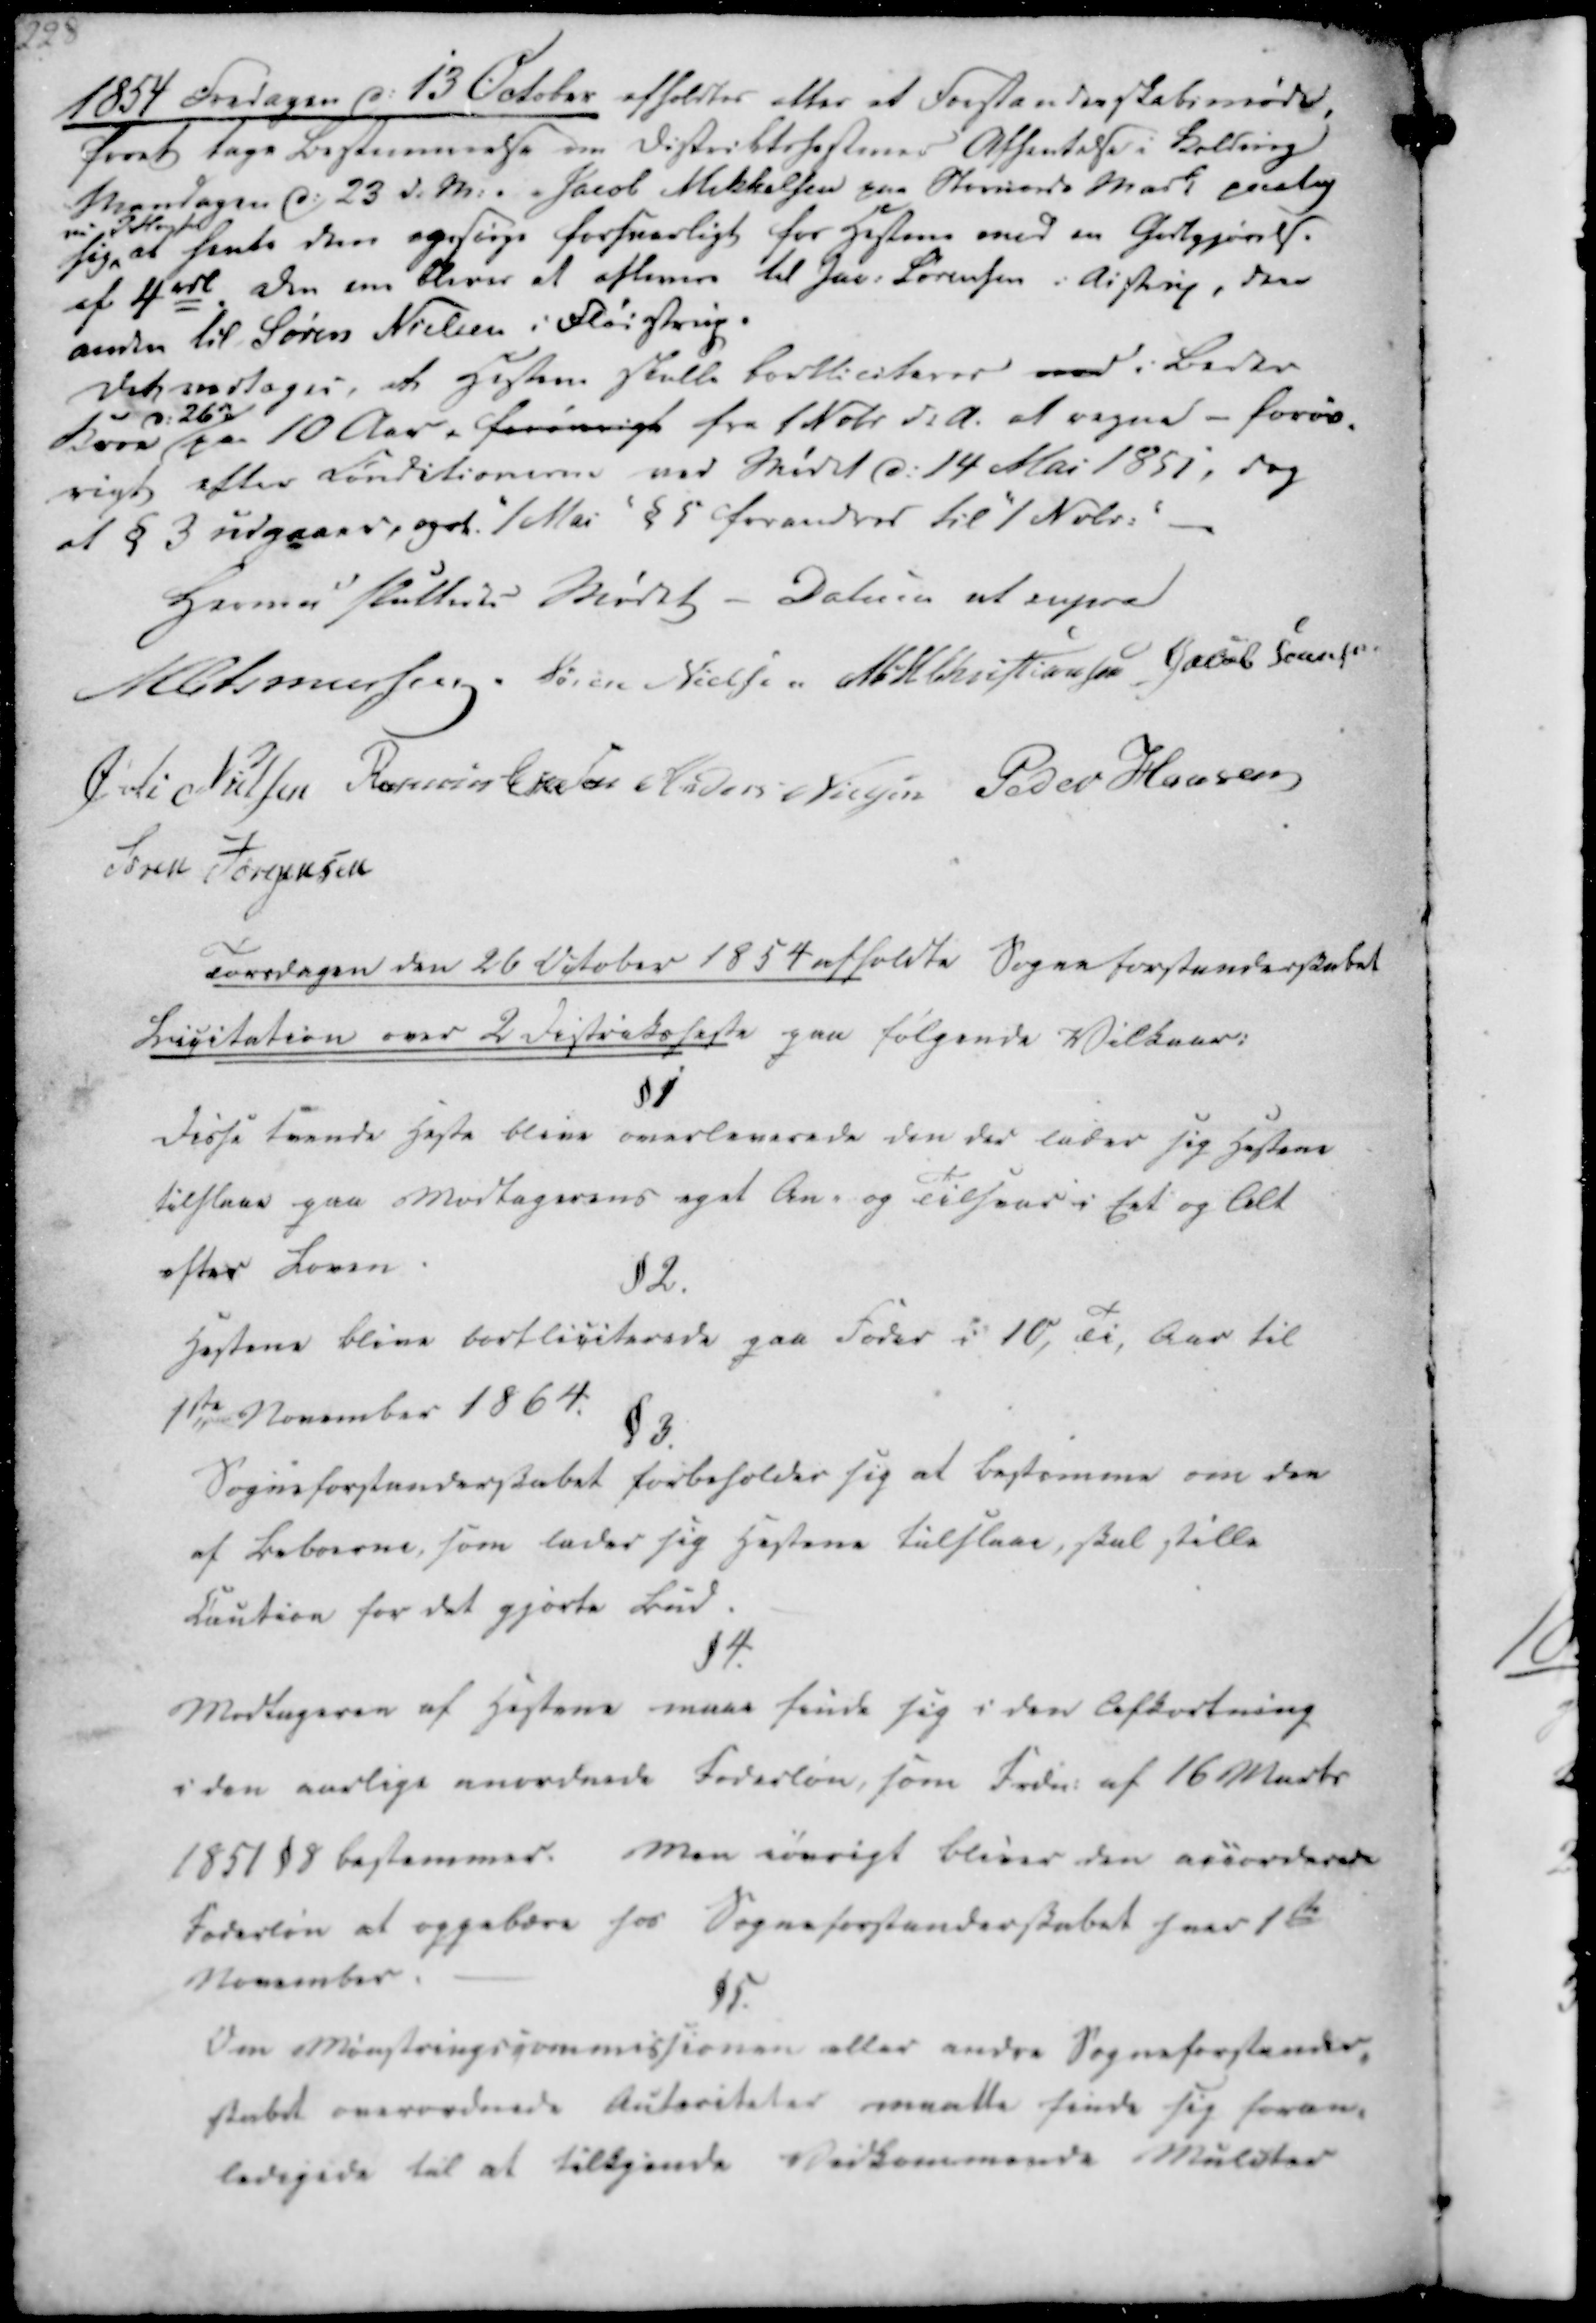
Transskription:
1854 Fredagen d. 13 October afholdtes atter et Forstanderskabsmøde,
forat tage Bestemmelse om Distriktshestenes Afhentelse i Malling
Mandagen d. 23 d.M. . . Jacob Mikkelsen paa Stornords Mark paatog
sig
vi I flertal
at hente dem og sørge forsvarligt for Hestene mod en Godtgjørelse
af 4 rbd. Den ene bliver at aflevere til Jac. Sørensen i Aistrup, den
anden til Søren Nielsen i Fløistrup.
Det vedtages, at Hestene skulle bortliciteres ned i Beder
Korn
d. 26 dM
paa 10 Aar, forøvrigt fra 1 Nobr d.A. at regne - forøv-
rigt efter Conditionerne ved Mødet d. 14 Mai 1851, dog
at § 3 udgaaer, ogat "1 Mai" § 5 forandres til "1 Nvbr."

Hermed sluttedes Mødet - Datum ut supra
M Asmussen.
Søren Nielsen
M. H. Christiansen
Jacob Sørensen
Øvli Nielsen
Rasmus Eskesen
Anders Nielsen
Peder Hansen
Søren Jørgensen

Torsdagen den 26 October 1854 afholdte Sogneforstanderskabet
Licitation over 2 Distriksheste paa følgende Vilkaar:

§1
Disse tvende Heste blive overleverede den der lader sig Hestene
tilstaae paa Modtagerens eget An. og Tilstaas i Eet og Alt
efter Loven.
§ 2.
Hestene blive bortliciterede paa Foder i 10, Ti, Aar til
1ste November 1864.
§ 3.
Sogneforstanderskabet forbeholder sig at bestemme om den
af Beboerne, som lader sig Hestene tilstaae, skal stille
Caution for det gjorte Bud.
§ 4.
Modtageren af Hestene maae finde sig i den Afkortning
i den aarlige anordnede Foderløn, som Inden. af 16 Marts
1851 § 8 bestemmes. Men iøvrigt bliver den accorderede
Foderløn at oppebære hos Sogneforstanderskabet hver 1ste
November.
§ 5.
Om Mønstringscommissionen eller andre Sogneforstander-
skabet overordnede Autoriteter maatte finde sig foran-
ledigede til at tilkjende Vedkommende Mulcter